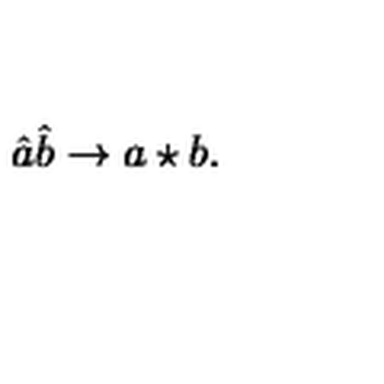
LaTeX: \hat { a } \hat { b } \rightarrow a \star b .